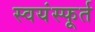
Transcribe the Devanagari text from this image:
स्वयंस्फूर्त